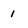
Character: 1